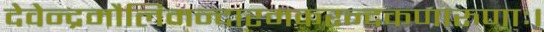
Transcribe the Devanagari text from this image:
देवेन्द्रमौलिमन्दारमकरन्दकणारुणाः।